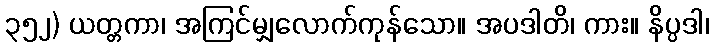
၃၅၂) ယတ္တကာ၊ အကြင်မျှလောက်ကုန်သော။ အပဒါတိ၊ ကား။ နိပ္ပဒါ၊